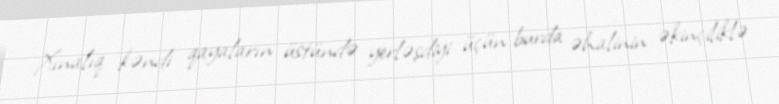
Xınalıq kəndi qayaların üstündə yerləşdiyi üçün burda əhalinin əkinçiliklə